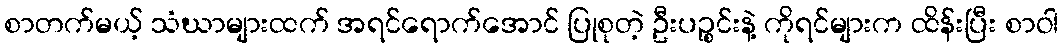
စာတက်မယ့် သံဃာများထက် အရင်ရောက်အောင် ပြုစုတဲ့ ဦးပဉ္စင်းနဲ့ ကိုရင်များက ထိန်းပြီး စာဝါ